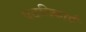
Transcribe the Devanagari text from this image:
पटलिकाएँ